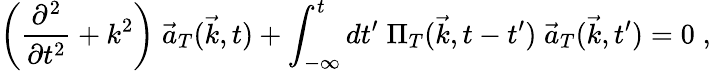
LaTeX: \left(\frac{\partial^{2}}{\partial t^{2}}+k^{2}\right)\; {\vec{a}}_{T}({\vec{k}},t)+\int_{-\infty}^{t}dt^{\prime}\; \Pi_{T}({\vec{k}},t-t^{\prime})\; {\vec{a}}_{T}({\vec{k}},t^{\prime})=0\; ,